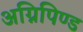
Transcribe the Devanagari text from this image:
अग्निपिण्ड